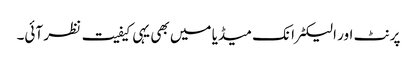
پرنٹ اور الیکٹرانک میڈیا میں بھی یہی کیفیت نظر آئی۔